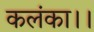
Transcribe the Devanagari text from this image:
कलंका।।